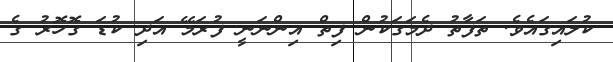
ކުލައިގައެވެ. ތަފާތު ދެމަގަކުން ފިތް އިންނަނީ ފުރަމޭ އަދި ކުޑަ ގޮހޮރު ގެ